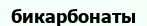
бикарбонаты